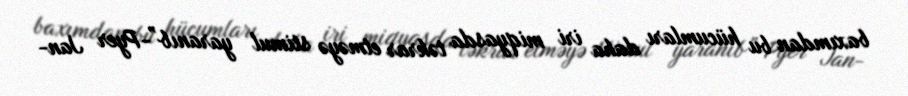
baxımdan bu hücumları daha iri miqyasda təkrar etməyə stimul yaranıb”-Pyer Jan-